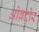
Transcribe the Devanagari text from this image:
ओब्रदोर